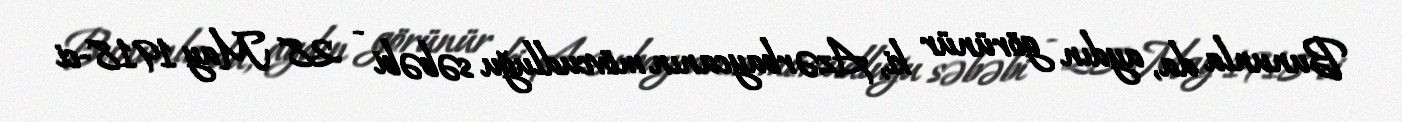
Bununla da, aydın görünür ki, Azərbaycanın mövcudluğu səbəbi - 28 May 1918-ci